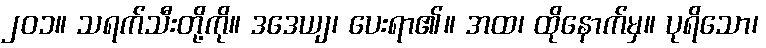
၂၀၁။ သရက်သီးတို့ကို။ ဒဒေယျ၊ ပေးရာ၏။ အထ၊ ထိုနောက်မှ။ ပုရိသော၊